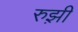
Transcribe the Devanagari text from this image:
रुझ़ी